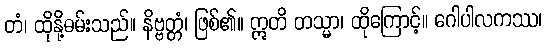
တံ၊ ထိုနို့ဓမ်းသည်။ နိဗ္ဗတ္တံ၊ ဖြစ်၏။ ဣတိ တသ္မာ၊ ထိုကြောင့်။ ဂေါပါလကဿ၊